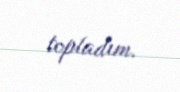
topladım.